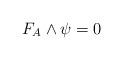
LaTeX: \begin{align*} F_A \wedge \psi = 0 \end{align*}